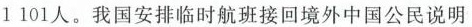
1 101人。我国安排临时航班接回境外中国公民说明